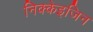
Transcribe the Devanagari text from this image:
निक्केइजिन